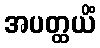
အပတ္ထယိံ